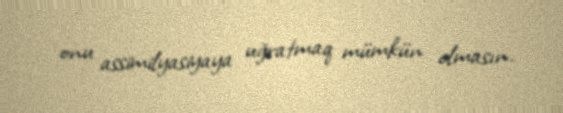
onu assimilyasiyaya uğratmaq mümkün olmasın.